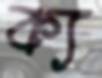
ক্য